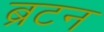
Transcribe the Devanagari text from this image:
ब्रटन